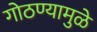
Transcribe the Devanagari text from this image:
गोठण्यामुळे